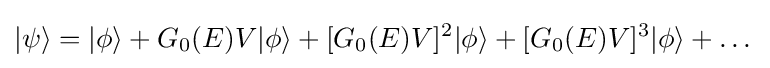
|\psi \rangle =|\phi \rangle +G_{0}(E)V|\phi \rangle +[G_{0}(E)V]^{2}|\phi \rangle +[G_{0}(E)V]^{3}|\phi \rangle +\dots